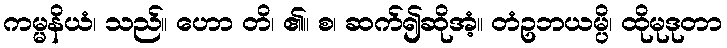
ကမ္မနိယံ၊ သည်။ ဟော တိ၊ ၏။ စ၊ ဆက်၍ဆိုအံ့။ တံဥဘယမ္ပိ၊ ထိုမုဒုတာ